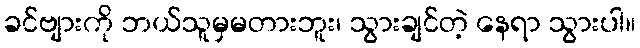
ခင်ဗျားကို ဘယ်သူမှမတားဘူး၊ သွားချင်တဲ့ နေရာ သွားပါ။